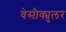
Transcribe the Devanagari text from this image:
वेसीक्युलर